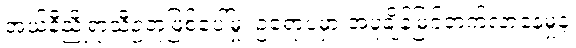
အယ်နီညိုရာသီဥတုဖြစ်ပေါ်မှု၊ ဥရောပမှာ အပူချိန်မြင့်တက်လာနေမှုနဲ့